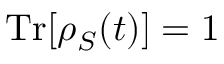
\operatorname { T r } [ \rho _ { S } ( t ) ] = 1